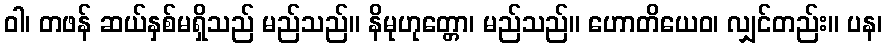
ဝါ၊ တဖန် ဆယ်နှစ်မရှိသည် မည်သည်။ နိမုဟုတ္တော၊ မည်သည်။ ဟောတိယေဝ၊ လျှင်တည်း။ ပန၊